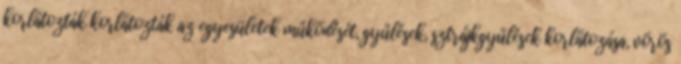
korlátozták korlátozták az egyesületek működését, gyűlések, sztrájkgyűlések korlátozása, vörös